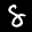
Label: 8